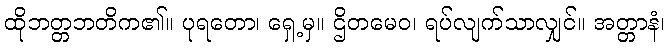
ထိုဘတ္တဘတိက၏။ ပုရတော၊ ရှေ့မှ။ ဌိတမေဝ၊ ရပ်လျက်သာလျှင်။ အတ္တာနံ၊